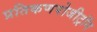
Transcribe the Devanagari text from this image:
प्रतिकणपोजीट्रॉन